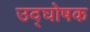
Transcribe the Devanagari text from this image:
उद्‍घोषक